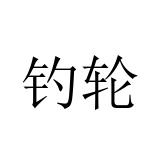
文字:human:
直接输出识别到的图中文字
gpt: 钓轮